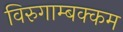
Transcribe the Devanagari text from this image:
विरुगाम्बक्कम